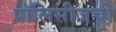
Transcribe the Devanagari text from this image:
पॉलिसीजची